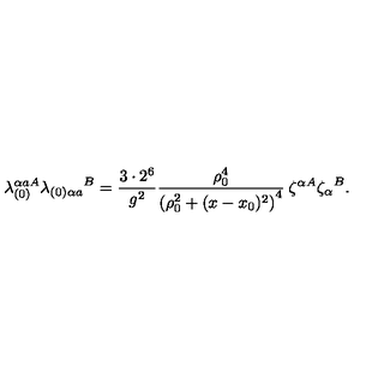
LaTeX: \lambda _ { ( 0 ) } ^ { \alpha a A } { \lambda _ { ( 0 ) \alpha a } } ^ { B } = \frac { 3 \cdot 2 ^ { 6 } } { g ^ { 2 } } \frac { \rho _ { 0 } ^ { 4 } } { \left( \rho _ { 0 } ^ { 2 } + ( x - x _ { 0 } ) ^ { 2 } \right) ^ { 4 } } \: \zeta ^ { \alpha A } { \zeta _ { \alpha } } ^ { B } .